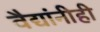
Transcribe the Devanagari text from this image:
वैद्यांनीही